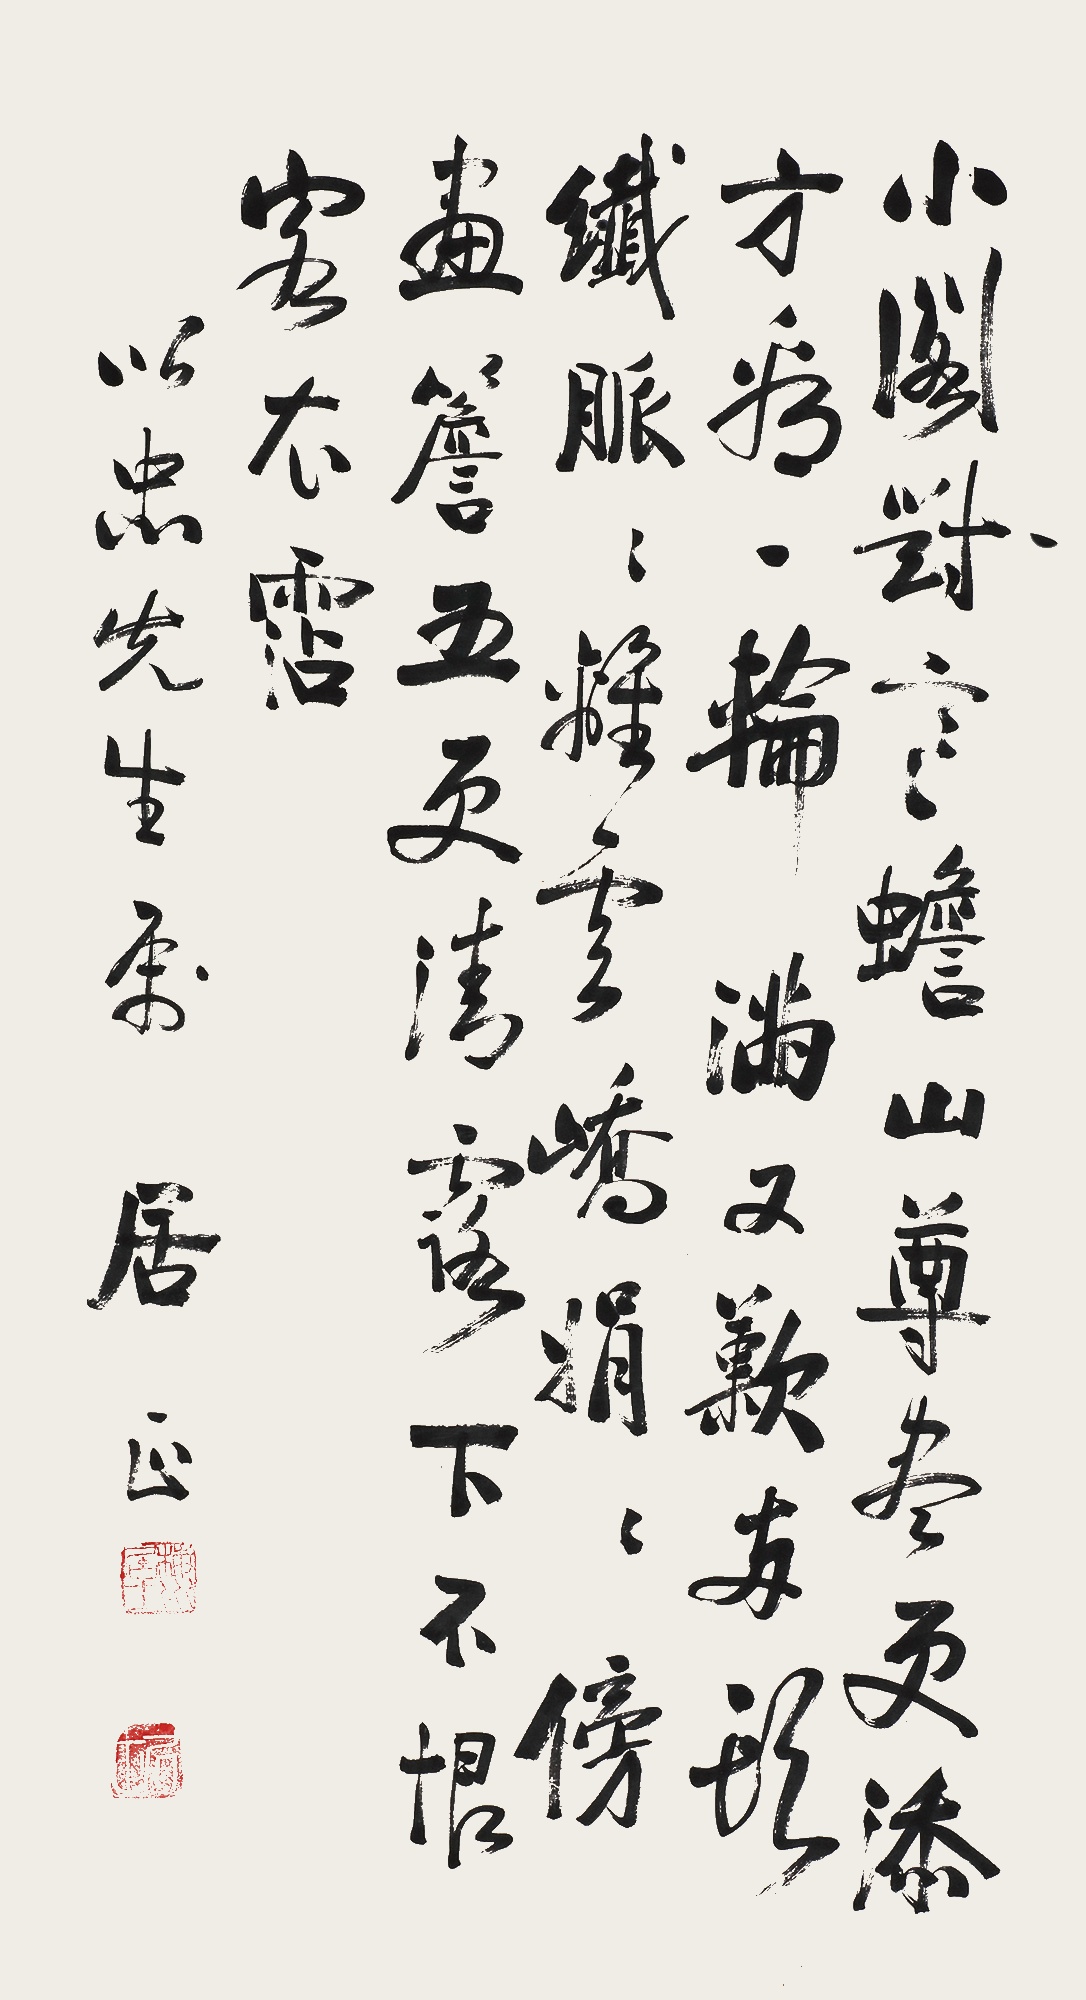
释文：小阁对寒蟾，山尊尽更添。方看一轮满，又叹两头纤。脉脉离云峤，娟娟傍画檐。五更清露下，不恨客衣沾。以忠先生属，居正。